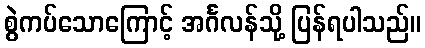
စွဲကပ်သောကြောင့် အင်္ဂလန်သို့ ပြန်ရပါသည်။